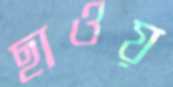
ছাওয়